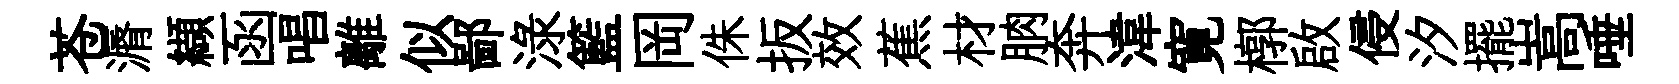
苍漘纈函唱離似鄙渌籃岡侏扳效蕉材朒奔湋寛槨啟侵汐擺嵩唾